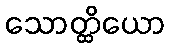
သောတ္ထိယော